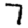
Digit: 7